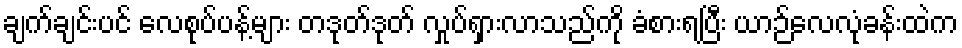
ချက်ချင်းပင် လေစုပ်ပန့်များ တဒုတ်ဒုတ် လှုပ်ရှားလာသည်ကို ခံစားရပြီး ယာဉ်လေလုံခန်းထဲက